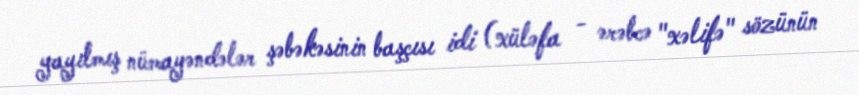
yayılmış nümayəndələr şəbəkəsinin başçısı idi (xüləfa - ərəbcə "xəlifə" sözünün